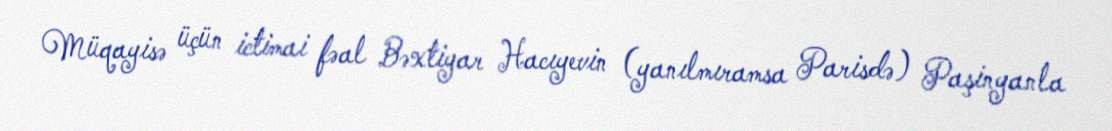
Müqayisə üçün ictimai fəal Bəxtiyar Hacıyevin (yanılmıramsa Parisdə) Paşinyanla